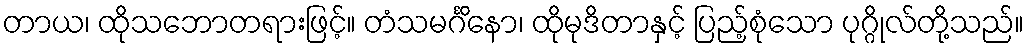
တာယ၊ ထိုသဘောတရားဖြင့်။ တံသမင်္ဂိနော၊ ထိုမုဒိတာနှင့် ပြည့်စုံသော ပုဂ္ဂိုလ်တို့သည်။